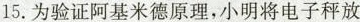
15. 为验证阿基米德原理，小明将电子秤放